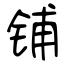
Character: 铺